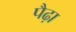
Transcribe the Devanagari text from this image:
पैढ़ा